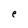
Character: e